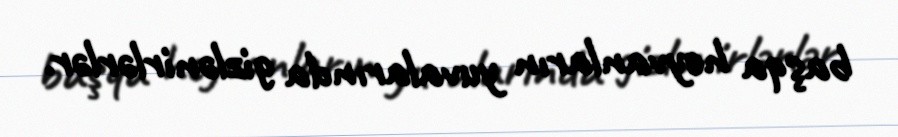
başqa heyvanların yuvalarında gizlənirlərlər.